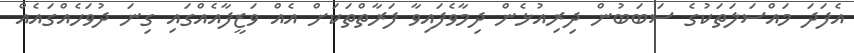
އެފަދަ މައްސަލަތަކުގެ ސަބަބުން ދިރިއުޅެން ދިމާވެފައިވާ ފަރާތްތަކަށް އެއް ވަޒީފާއެއްގައި ގިނަ ދުވަހެއްގައެއް